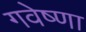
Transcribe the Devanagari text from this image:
गवेष्णा